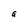
Character: a